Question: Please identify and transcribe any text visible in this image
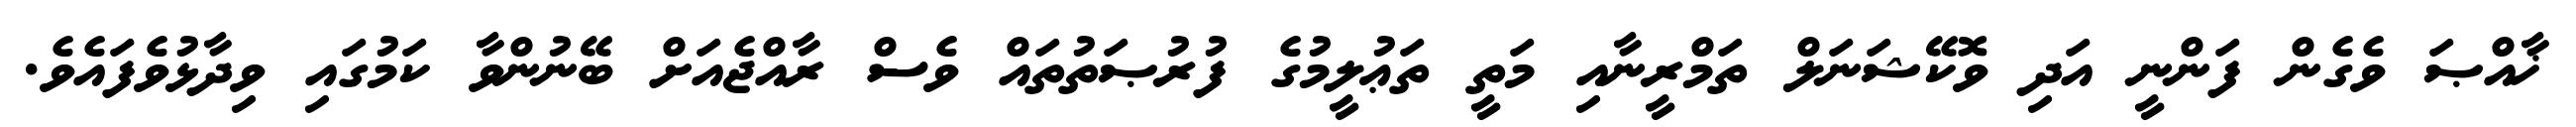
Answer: ޚާއްޞަ ވެގެން ފަންނީ އަދި ވޮކޭޝަނަލް ތަމްރީނާއި މަތީ ތަޢުލީމުގެ ފުރުޞަތުތައް ވެސް ރާއްޖެއަށް ބޭނުންވާ ކަމުގައި ވިދާޅުވެފައެވެ.